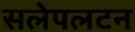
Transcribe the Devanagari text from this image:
सलेपलटन